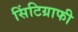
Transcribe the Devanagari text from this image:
सिंटिग्राफी